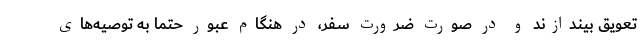
تعویق بیندازند و در صورت ضرورت سفر، در هنگام عبور حتماً به توصیه‌های